Insane asylums Bombay 1873-77 - 1873-1877
Year: 1873
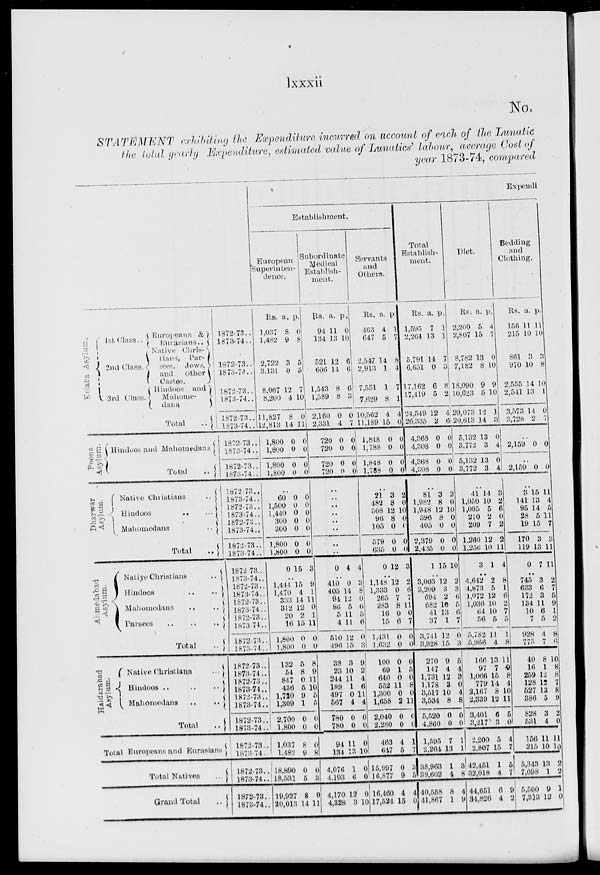
lxxxii
No.
STATEMENT exhibiting the Expenditure incurred on account of each of the Lunatic
the total yearly Expenditure, estimated value of Lunatics' labour, average Cost of
year 1873-74, compared
Kolaba Asylum.
Poona Asylum.
Dharwar Asylum.
Ahmedabad
Asylum.
Haidarabad
Asylum.
1st Class ..
2nd Class ..
3rd Class ..
Europeans &
Eurasians ..
Native Christians,
Parsees, Jews,
and other Castes.
Hindoos and
Mahomedans
Total ..
Hindoos and Mahomedans
Total
..
Native Christians ..
Hindoos .. ..
Mahomedans ..
Total ..
Native Christians ..
Hindoos .. ..
Mahomedans .. ..
Parsees .. .. ..
Total ..
Native Christians ..
Hindoos .. .. ..
Mahomedans .. ..
Total ..
Total Europeans and
Eurasians
Total Natives ..
Grand Total ..
1872-73 ..
1873-74 ..
1872-73 ..
1873-74 ..
1872-73 ..
1873-74 ..
1872-73 ..
1873-74 ..
1872-73 ..
1873-74 ..
1872-73 ..
1873-74 ..
1872-73 ..
1873-74 ..
1872-73 ..
1873-74 ..
1872-73 ..
1873-74 ..
1872-73 ..
1873-74 ..
1872 73 ..
1873-74 ..
1872-73 ..
1873-74 ..
1872-73 ..
1873-74 ..
1872-73 ..
1873-74 ..
1872-73 ..
1873-74 ..
1872-73 ..
1873-74 ..
1872-73 ..
1873-74 ..
1872-73 ..
1873-74 ..
1872-73 ..
1873-74..
1872-73 ..
1873-74 ..
1872-73 ..
1873-74 ..
1872-73 ..
1873-74 ..
Expendi
Establishment.
European
Superintendence.
Rs.
1,037
1,482
2,722
3,131
8,067
8,200
11,827
12,813
1,800
1,800
1,800
1,800
a.
8
9
3
0
12
4
8
14
0
0
0
0
p.
0
8
5
5
7
10
0
11
0
0
0
0
..
60
1,500
1,440
300
300
1,800
1,800
0
0
0
0
0
0
0
0
15
0
0
0
0
0
0
0
3
..
1,444
1,470
333
312
20
16
l,800
1,800
132
54
847
436
1,720
1,309
2,700
1,800
1,037
1,482
18,890
18,531
19,927
20,013
15
4
14
12
2
15
0
0
5
8
0
5
9
1
0
0
8
9
0
5
8
14
9
1
11
0
1
11
0
0
8
9
11
10
5
5
0
0
0
8
0
3
0
11
Subordinate
Medical
Establish-
ment.
Rs.
94
134
521
606
1,543
1,589
2,160
2,331
720
720
720
720
a.
11
13
12
14
8
8
0
4
0
0
0
0
p.
0
10
6
6
6
3
0
7
0
0
0
0
..
..
..
..
..
..
..
..
0
4 4
..
410
405
94
86
5
4
510
496
3
23
244
189
497
567
780
780
94
134
4,076
4,193
4,170
4,328
0
14
12
5
11
11
12
15
3
10
11
1
0
4
0
0
11
13
1
6
12
3
3
8
0
6
5
6
0
3
9
2
4
6
11
4
0
0
0
10
0
0
0
10
Servants
and
Others.
Rs.
463
647
2,547
2,913
7,551
7,629
10,562
11,189
1,848
1,788
1,848
1,788
a.
4
5
14
1
1
8
4
15
0
0
0
0
p.
1
7
8
4
7
1
4
0
0
0
0
0
..
21
482
508
96
105
579
635
0
3
8
12
8
0
0
0
12
2
0
10
0
0
0
0
3
..
1,148
1,333
265
283
16
15
1,431
1,632
100
69
640
552
1,300
1,658
2,040
2,280
463
617
15,997
16,877
16,460
17,524
12
0
7
8
0
6
0
0
0
1
0
11
0
2
0
0
4
5
0
9
4
15
2
6
7
11 0
7
0
0
0
5
0
8
0
11
0
0
1
5
3
5
4
0
Total
Establish-
ment.
Rs.
1,595
2,264
5,791
6,651
17,162
17,419
24,549
26,335
4,368
4,308
4,368
4,308
a.
7
13
14
0
6
5
12
2
0
0
0
0
p.
1
1
7
3
8
2
4
6
0
0
0
0
..
81
1,982
1,948
396
405
2,379
2,435
1
3
8
12
8
0
0
0
15
2
0
10
0
0
0
0
10
..
3,003
3,209
694
682
41
37
3,741
3,928
270
147
1,731
1,178
3,517
3,534
5,520
4,860
1,595
2,264
38,963
39,602
40,558
41,867
12
3
2
10
13
1
12
15
9
74
12
3
10
8
0
0
7
13
1
4
8
1
2
3
6
5
6
7
0
3
5
4
3
0
4
8
0
0
1
1
3
8
4
9
Diet.
Rs.
2,200
2,807
8,782
7,182
18,090
10,623
29,073
20,613
5,132
3,772
5,132
3,772
a.
5
15
13
8
9
5
12
14
13
3
13
3
p.
4
7
0
10
9
10
1
3
0
4
0
4
..
41
1,050
1,005
210
209
1,260
1,256
3
14
10
5
2
7
12
10
1
3
2
6
0
2
2
11
4
..
4,642
4,873
1,072
1,036
64
56
5,782
5,966
166
97
1,066
779
2,167
2,339
3,401
3,217
2,200
2,807
42,451
32,018
44,651
34,826
2
5
12
10
10
5
11
4
13
7
15
14
8
12
6
3
5
15
1
4
6
4
8
1
6
2
7
5
1
8
11
9 8
4
10
11
5
0
4
7
5
7
9
2
Bedding
and
Clothing.
Rs.
156
215
861
970
2,555
2,541
3,573
3,728
a.
11
10
3
10
14
13
14
2
p.
11
10
3
8
10
1
0
7
..
2,159 0 0
..
2,159 0 0
..
3
141
95
28
19
170
119
0
15
13
14
5
15
3
13
7
11
4
5
11
7
3
11
11
..
745
633
172
134
10
7
928
775
10
16
259
128
527
386
828
531
156
215
5,343
7,098
5,500
7,313
3 6
3
11
6
5
4
7
8
1
12
12
13
5
3
4
11
10
13
1
9
12
2
7
5
9
1
2
8
6
10
8
8
7
8
9
2
0
11
10
2
2
1
0